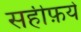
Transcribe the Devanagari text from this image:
सहीफ़ये